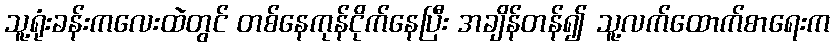
သူ့ရုံးခန်းကလေးထဲတွင် တစ်နေကုန်ငိုက်နေပြီး အချိန်တန်၍ သူ့လက်ထောက်စာရေးက